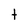
Character: t